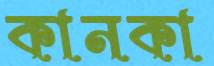
কানকা